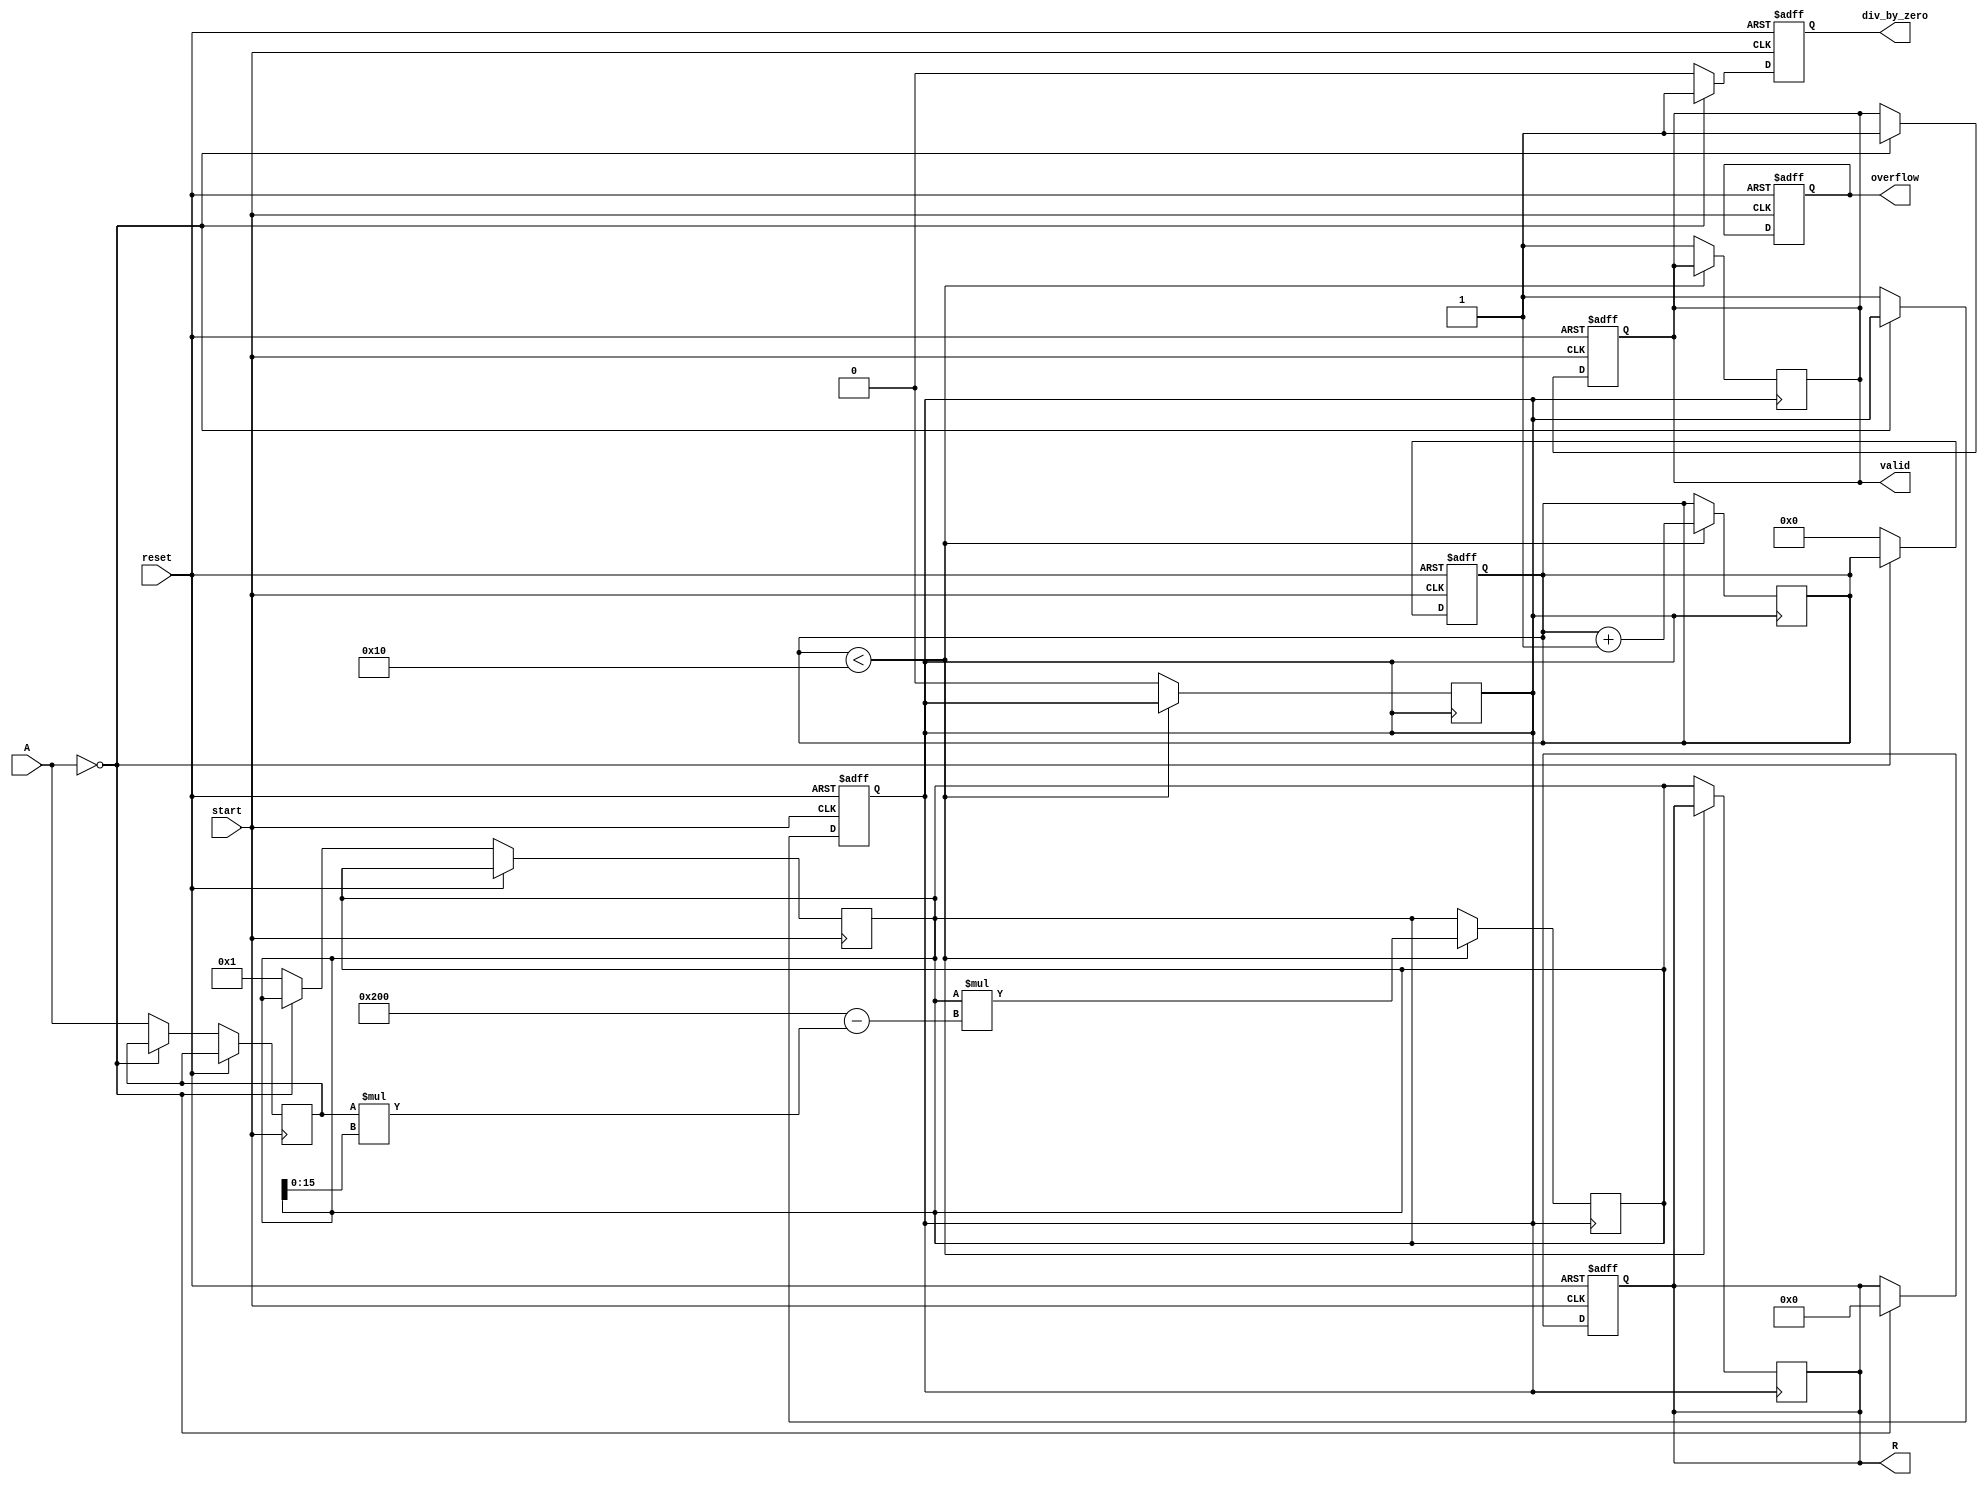
module BitwiseReciprocal (
    input wire [15:0] A,           // Input data (16-bit fixed-point or integer)
    input wire start,              // Start signal
    input wire reset,              // Reset signal
    output reg [31:0] R,           // Reciprocal output (32-bit)
    output reg valid,              // Valid output flag
    output reg div_by_zero,        // Division by zero flag
    output reg overflow            // Overflow flag
);

    parameter MAX_ITER = 16;       // Maximum number of iterations
    reg [15:0] normalized_A;        // Normalized input
    reg [31:0] approx;              // Current approximation of the reciprocal
    reg [3:0] iteration;            // Iteration counter
    reg computing;                  // Flag to indicate if computation is in progress

    // Normalization logic
    always @(posedge start or posedge reset) begin
        if (reset) begin
            R <= 32'b0;
            valid <= 1'b0;
            div_by_zero <= 1'b0;
            overflow <= 1'b0;
            computing <= 1'b0;
            iteration <= 4'b0;
        end else begin
            // Handle division by zero
            if (A == 16'b0) begin
                R <= 32'b0; // Define behavior for division by zero
                div_by_zero <= 1'b1;
                valid <= 1'b1;
            end else begin
                div_by_zero <= 1'b0;
                // Normalize input
                normalized_A <= A; // Here you could apply normalization if needed
                approx <= {16'b0, 1'b1}; // Initial approximation (1.0 in fixed-point)
                iteration <= 4'b0;
                computing <= 1'b1;
            end
        end
    end

    // Iterative computation of reciprocal
    always @(posedge computing) begin
        if (iteration < MAX_ITER) begin
            // Newton-Raphson iteration: approx = approx * (2 - A * approx)
            approx <= approx * (32'b10_0000_0000 - normalized_A * approx[15:0]);
            iteration <= iteration + 1;
        end else begin
            R <= approx; // Final reciprocal result
            valid <= 1'b1; // Indicate that the output is valid
            computing <= 1'b0; // End computation
        end
    end

endmodule